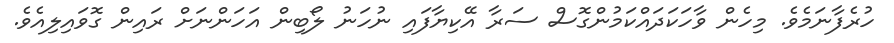
ހުރެފާނަމެވެ. މިހެން ވާހަކަދައްކަމުންގޮސް ސަރާ އޭކިޔާފައި ނުހަނު ލޯބިން އަހަންނަށް ރައިން ގޮވައިލިއެވެ.